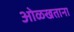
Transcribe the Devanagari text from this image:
ओळखताना